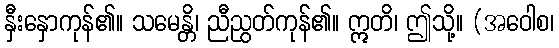
နှီးနှောကုန်၏။ သမေန္တိ၊ ညီညွတ်ကုန်၏။ ဣတိ၊ ဤသို့။ (အဝေါစ၊